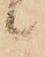
候